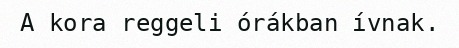
A kora reggeli órákban ívnak.